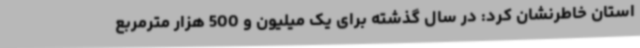
استان خاطرنشان کرد: در سال گذشته برای یک میلیون و 500 هزار مترمربع